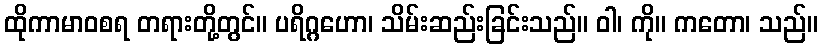
ထိုကာမာဝစရ တရားတို့တွင်။ ပရိဂ္ဂဟော၊ သိမ်းဆည်းခြင်းသည်။ ဝါ၊ ကို။ ကတော၊ သည်။